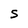
Character: S